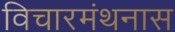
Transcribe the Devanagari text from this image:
विचारमंथनास